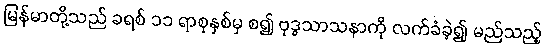
မြန်မာတို့သည် ခရစ် ၁၁ ရာစုနှစ်မှ စ၍ ဗုဒ္ဓသာသနာကို လက်ခံခဲ့၍ မည်သည့်